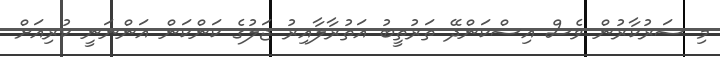
މި ސަރުކާރުން ވެސް އިސްކަންދޭ ތަރުތީބު އަތުރާލާއިރު ޖަލުގެ ކަންކަން އަންނަނީ ކުރިއަށް